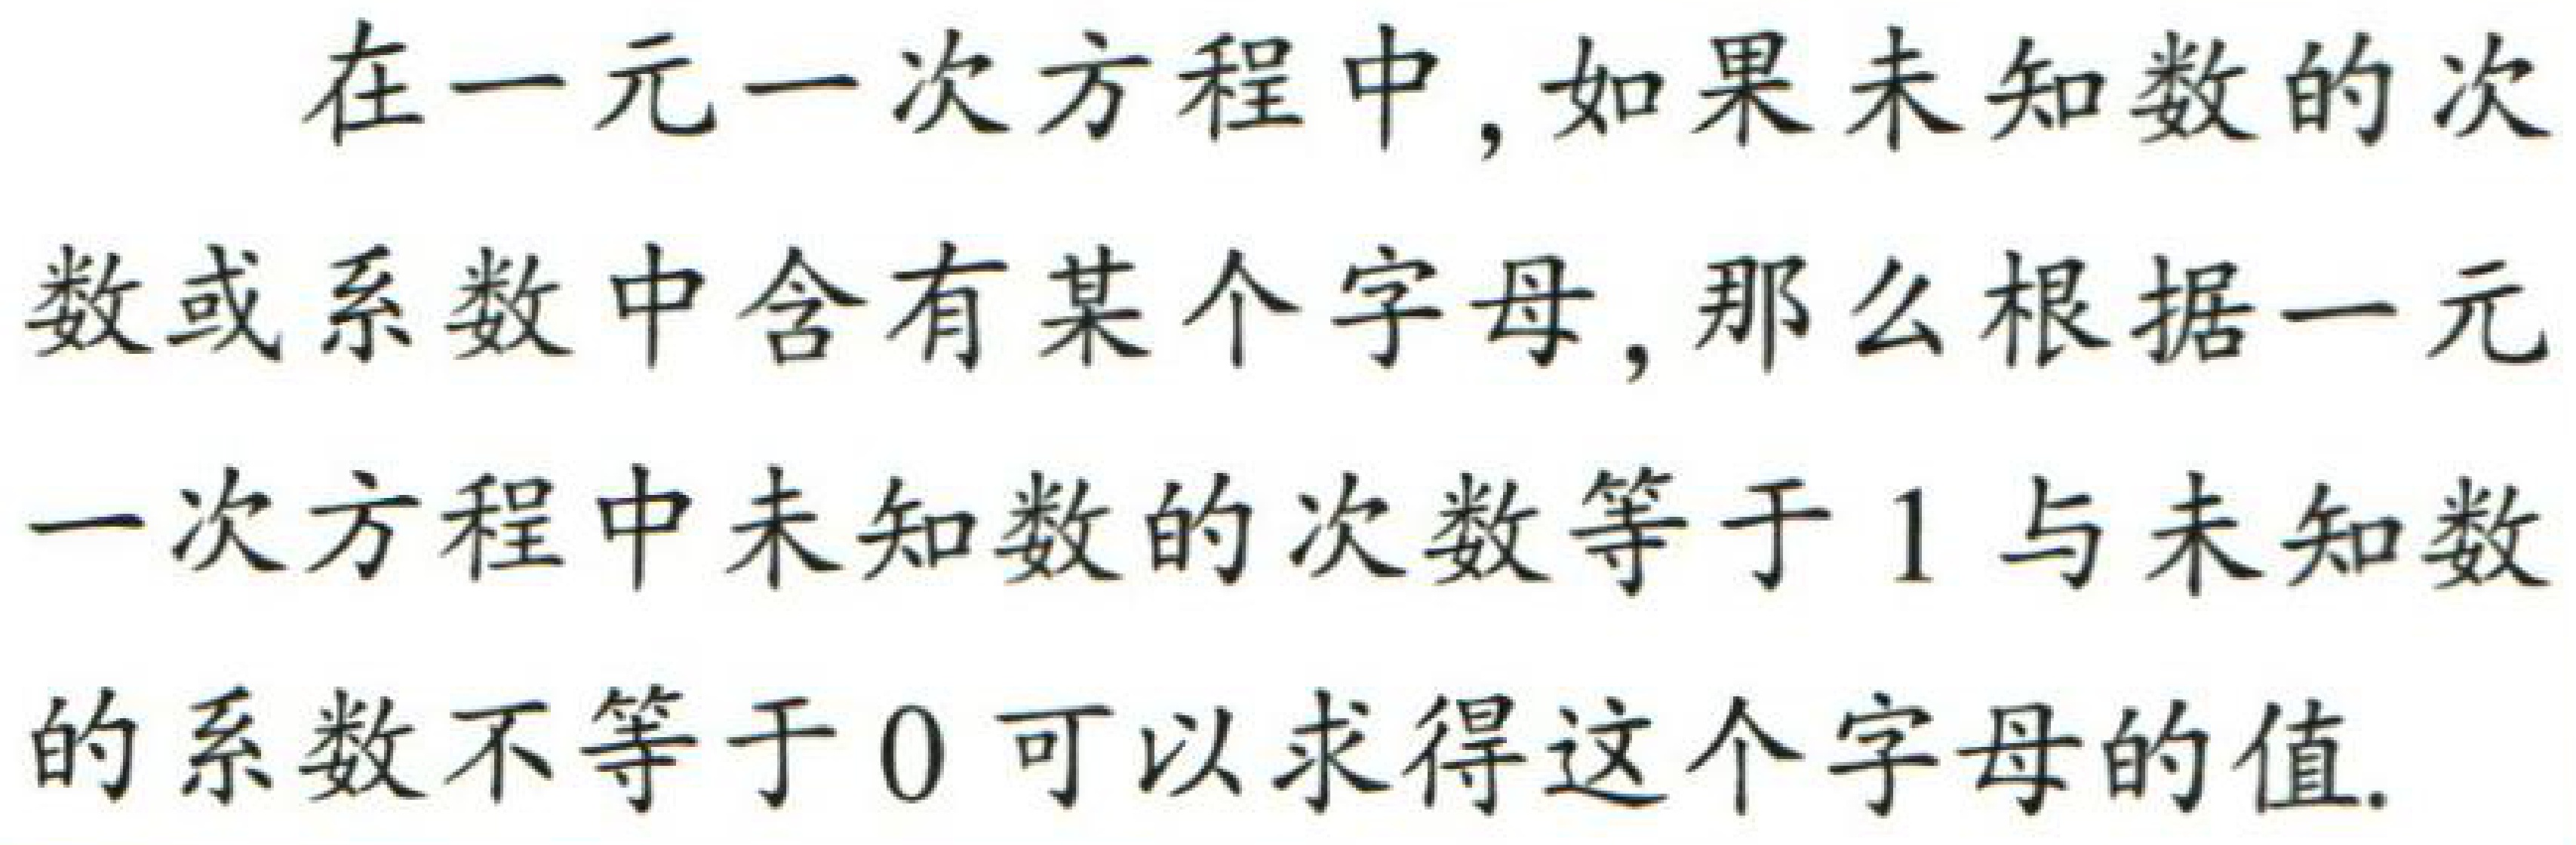
在一元一次方程中，如果未知数的次数或系数中含有某个字母，那么根据一元一次方程中未知数的次数等于\(1\)与未知数的系数不等于\(0\)可以求得这个字母的值.